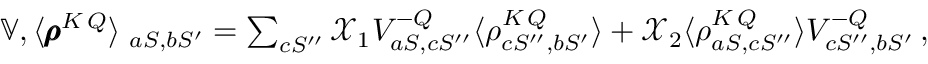
\begin{array} { r } { \interleave \mathbb { V } , \langle \pmb { \rho } ^ { K \, Q } \rangle \interleave _ { a S , b S ^ { \prime } } = \sum _ { c S ^ { \prime \prime } } \mathcal { X } _ { 1 } V _ { a S , c S ^ { \prime \prime } } ^ { - Q } \langle \rho _ { c S ^ { \prime \prime } , b S ^ { \prime } } ^ { K \, Q } \rangle + \mathcal { X } _ { 2 } \langle \rho _ { a S , c S ^ { \prime \prime } } ^ { K \, Q } \rangle V _ { c S ^ { \prime \prime } , b S ^ { \prime } } ^ { - Q } \, , } \end{array}